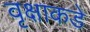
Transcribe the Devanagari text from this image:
वृक्षाकडे